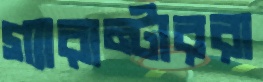
গ্যারান্টাররা